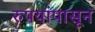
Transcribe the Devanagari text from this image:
रुपयांपासून